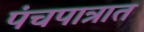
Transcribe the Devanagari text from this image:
पंचपात्रात